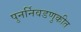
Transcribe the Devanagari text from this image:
पुनर्निवडणुकीत